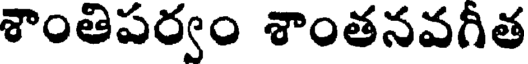
శాంతిపర్వం శాంతనవగీత